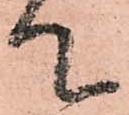
て